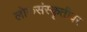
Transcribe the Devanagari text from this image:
लोकसंस्कृतीवर